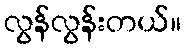
လွန်လွန်းတယ်။